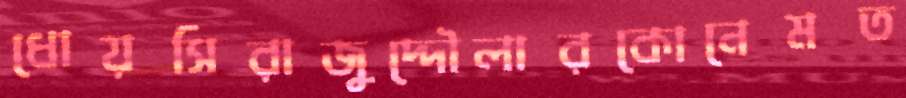
ধোয়সিরাজুদ্দৌলারকোনেমত